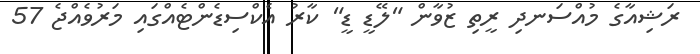
ރަޝިއާގެ މުއްސަނދި ރީތި ޒުވާން "ލޭޑީ ޑީ" ކާރު އެކްސިޑެންޓެއްގައި މަރުވެއްޖެ 57